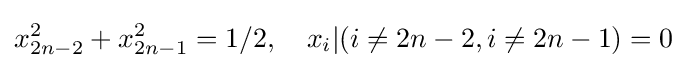
x_{2n-2}^{2}+x_{2n-1}^{2}=1/2,\quad x_{i}|(i\neq 2{n-2},i\neq 2{n-1})=0